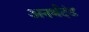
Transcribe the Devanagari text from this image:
अनर्थदंड